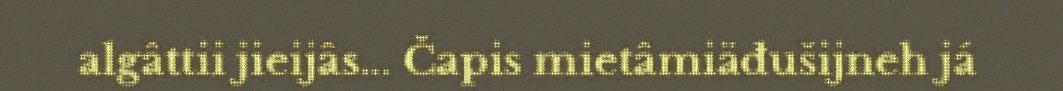
algâttii jieijâs... Čapis mietâmiäđušijneh já